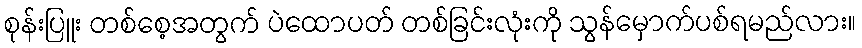
စုန်းပြူး တစ်စေ့အတွက် ပဲထောပတ် တစ်ခြင်းလုံးကို သွန်မှောက်ပစ်ရမည်လား။